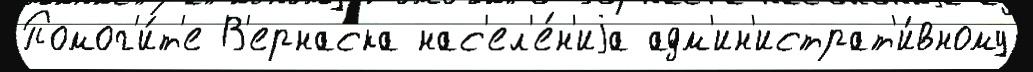
Помог'и́т'е В'ернаска нас'ел'е́н'иjа адм'ин'истрат'и́вному